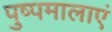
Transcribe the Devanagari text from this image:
पुष्पमालाएं